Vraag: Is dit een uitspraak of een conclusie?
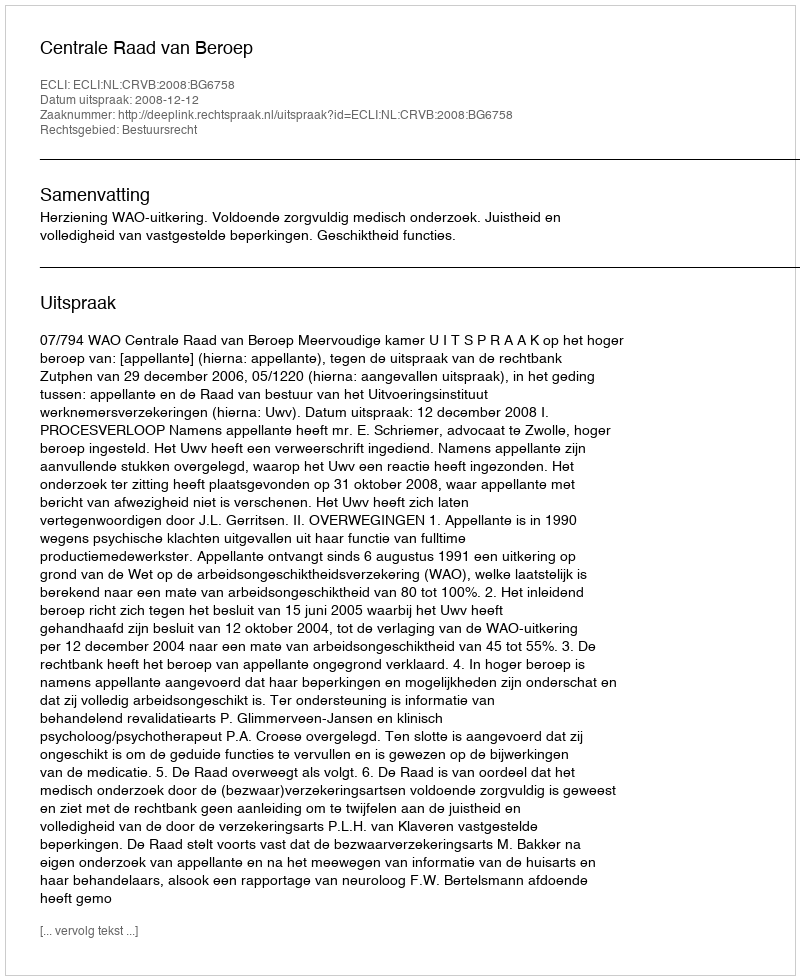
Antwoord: Uitspraak